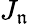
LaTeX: J_{\mathfrak{n}}